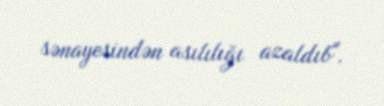
sənayesindən asılılığı azaldıb".